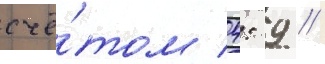
счё́том 4: 9 //